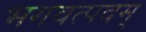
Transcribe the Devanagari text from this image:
भगवत्पदम्